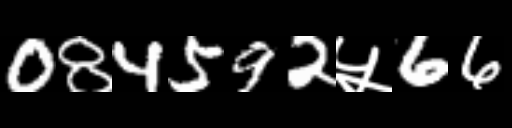
Text: 084592५66